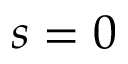
s = 0